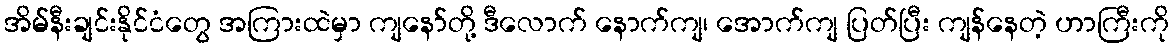
အိမ်နီးချင်းနိုင်ငံတွေ အကြားထဲမှာ ကျနော်တို့ ဒီလောက် နောက်ကျ၊ အောက်ကျ ပြတ်ပြီး ကျန်နေတဲ့ ဟာကြီးကို